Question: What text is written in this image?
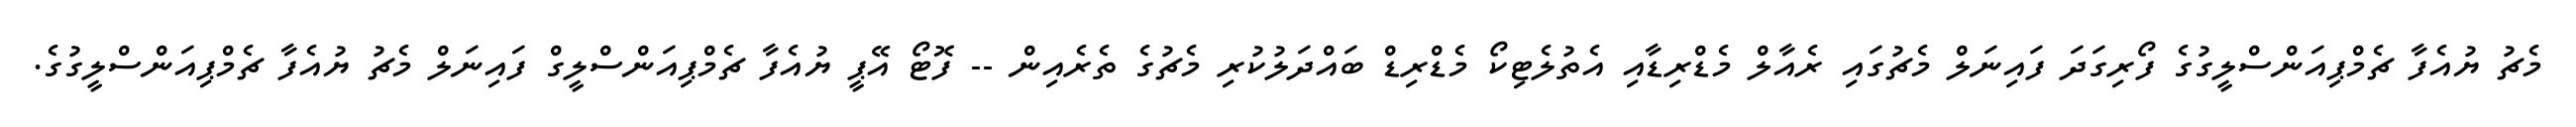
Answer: މެޗު ޔުއެފާ ޗެމްޕިއަންސްލީގުގެ ފޯރިގަދަ ފައިނަލް މެޗުގައި ރެއާލް މެޑްރިޑާއި އެތުލެޓިކޯ މެޑްރިޑް ބައްދަލުކުރި މެޗުގެ ތެރެއިން -- ފޮޓޯ އޭޕީ ޔުއެފާ ޗެމްޕިއަންސްލީގް ފައިނަލް މެޗު ޔުއެފާ ޗެމްޕިއަންސްލީގުގެ.